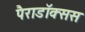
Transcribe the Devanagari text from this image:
पैराडॉक्सस